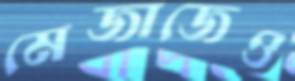
মেজাজেও